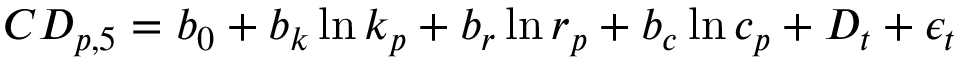
\begin{array} { r } { C D _ { p , 5 } = b _ { 0 } + b _ { k } \ln k _ { p } + b _ { r } \ln r _ { p } + b _ { c } \ln c _ { p } + D _ { t } + \epsilon _ { t } } \end{array}